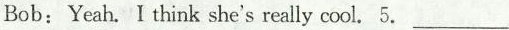
Bob: Yeah. I think she's really cool. 5. ___